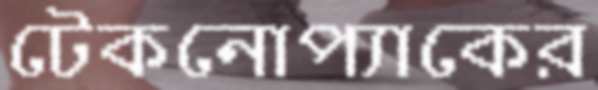
টেকনোপ্যাকের